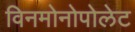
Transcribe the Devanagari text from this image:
विनमोनोपोलेट